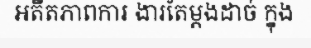
អតីតភាពការ ងារតែម្តងដាច់ ក្នុង